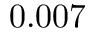
0 . 0 0 7